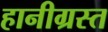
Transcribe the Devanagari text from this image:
हानीग्रस्त